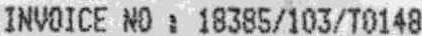
INVOICE NO : 18385/103/T0148